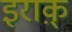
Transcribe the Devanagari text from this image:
इराक़्